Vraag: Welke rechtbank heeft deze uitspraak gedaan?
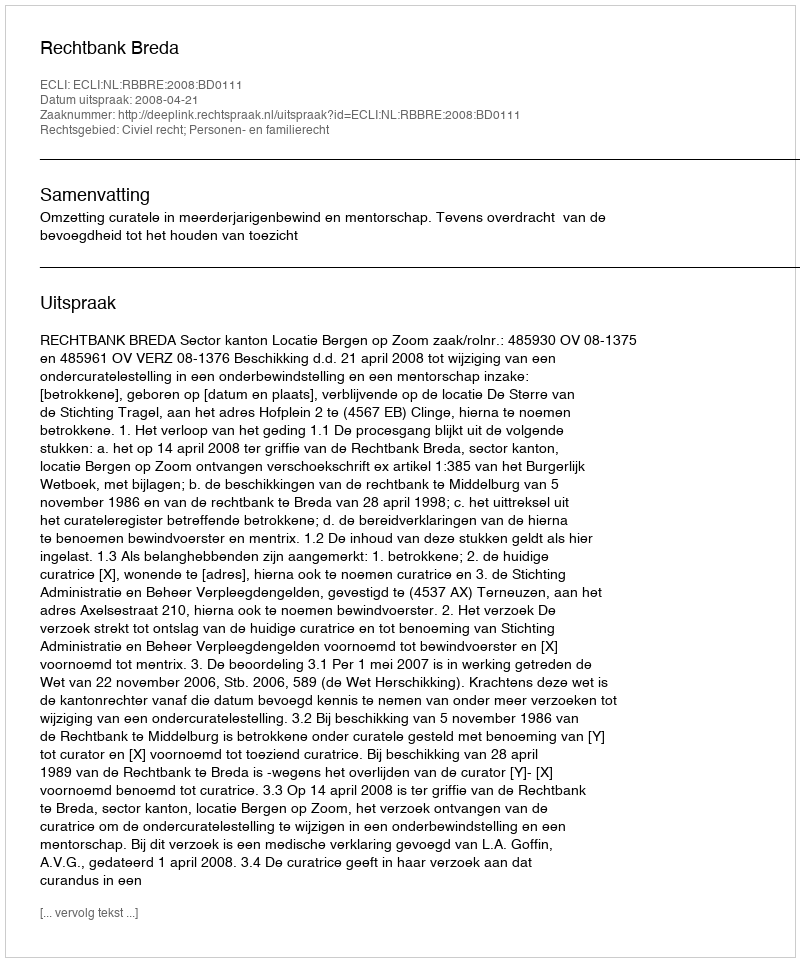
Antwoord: Rechtbank Breda